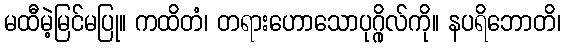
မထီမဲ့မြင်မပြု။ ကထိတံ၊ တရားဟောသောပုဂ္ဂိုလ်ကို။ နပရိဘောတိ၊